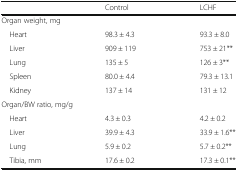
|  | Control | LCHF |
 | --- | --- | --- |
 | <COLSPAN=3> Organ weight, mg |
 | Heart | 98.3 ± 4.3 | 93.3 ± 8.0 |
 | Liver | 909 ± 119 | 753 ± 21** |
 | Lung | 135 ± 5 | 126 ± 3** |
 | Spleen | 80.0 ± 4.4 | 79.3 ± 13.1 |
 | Kidney | 137 ± 14 | 131 ± 12 |
 | <COLSPAN=3> Organ/BW ratio, mg/g |
 | Heart | 4.3 ± 0.3 | 4.2 ± 0.2 |
 | Liver | 39.9 ± 4.3 | 33.9 ± 1.6** |
 | Lung | 5.9 ± 0.2 | 5.7 ± 0.2** |
 | Tibia, mm | 17.6 ± 0.2 | 17.3 ± 0.1** |